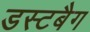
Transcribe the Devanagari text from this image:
डस्टबैग